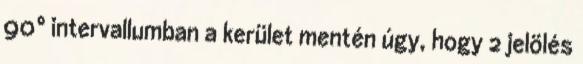
90° intervallumban a kerület mentén úgy, hogy 2 jelölés